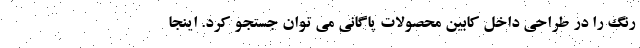
رنگ را در طراحی داخل کابین محصولات پاگانی می توان جستجو کرد. اینجا